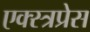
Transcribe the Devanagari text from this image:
एक्स्त्रप्रेस